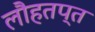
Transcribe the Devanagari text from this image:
लौहतप्त